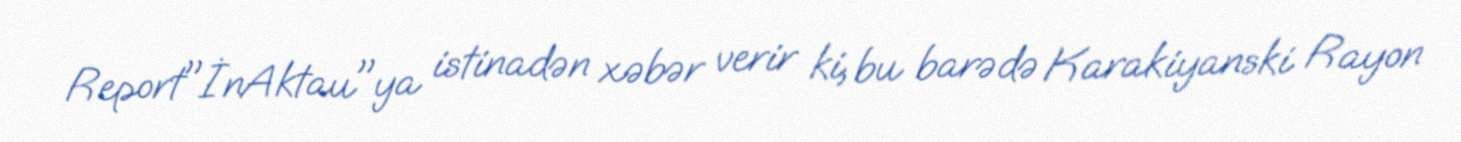
Report"İnAktau"ya istinadən xəbər verir ki, bu barədə Karakiyanski Rayon